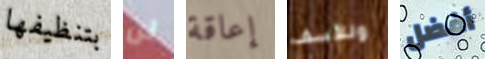
بتنظيفها لن إعاقة وللأسف أفضل